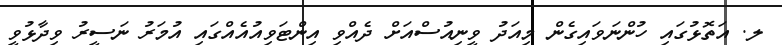
ލ. އަތޮޅުގައި ހުންނަވައިގެން މިއަދު ވީނިއުސްއަށް ދެއްވި އިންޓަވިއުއެއްގައި އުމަރު ނަސީރު ވިދާޅުވީ